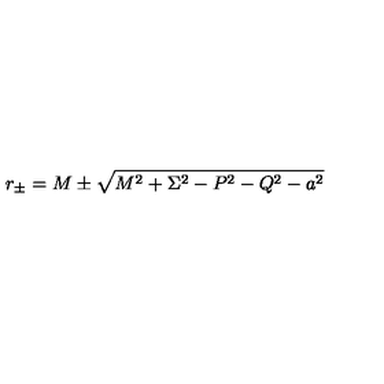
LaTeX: r _ { \pm } = M \pm \sqrt { M ^ { 2 } + \Sigma ^ { 2 } - P ^ { 2 } - Q ^ { 2 } - a ^ { 2 } }